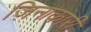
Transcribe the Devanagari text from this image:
ज़िनाकारी